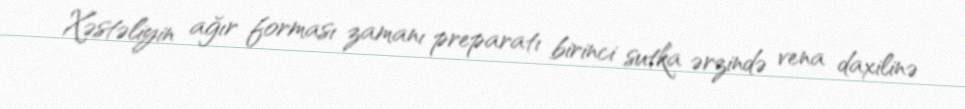
Xəstəliyin ağır forması zamanı preparatı birinci sutka ərzində vena daxilinə